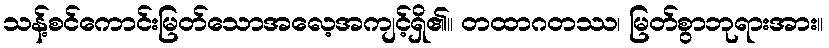
သန့်စင်ကောင်းမြတ်သောအလေ့အကျင့်ရှိ၏။ တထာဂတဿ၊ မြတ်စွာဘုရားအား။